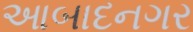
આબાદનગર